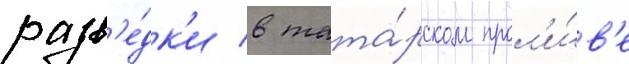
разв'е́дк'и в тата́рском прол'и́в'е